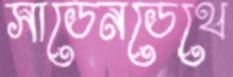
সাডেনডেথে